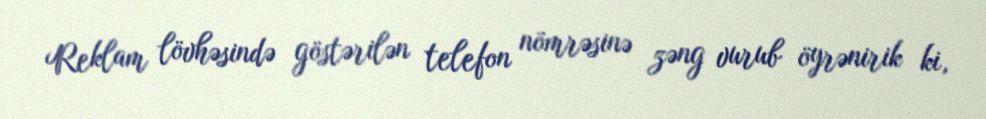
Reklam lövhəsində göstərilən telefon nömrəsinə zəng vurub öyrənirik ki,